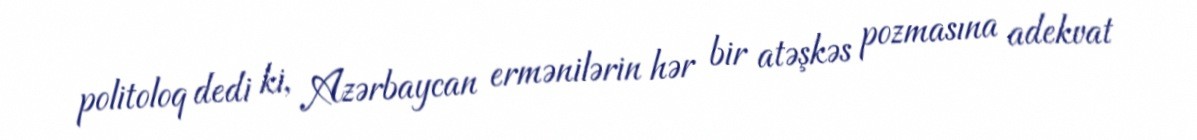
politoloq dedi ki, Azərbaycan ermənilərin hər bir atəşkəs pozmasına adekvat